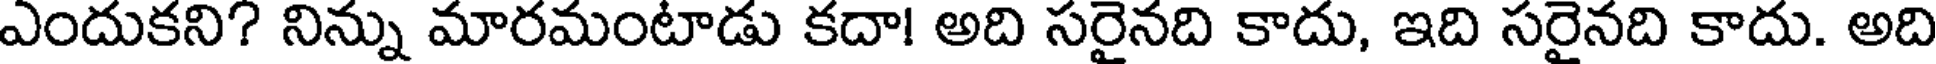
ఎందుకని? నిన్ను మారమంటాడు కదా! అది సరైనది కాదు, ఇది సరైనది కాదు. అది